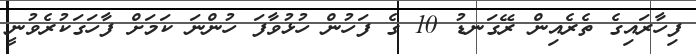
ފިހާރައިގެ ތެރެއިން ރޭގަނޑު 10 ގެ ފަހުން ހުޅުވާފަ ހުންނަ ކަމަށް ފާހަގަކުރެވުނީ